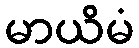
မာယိမံ